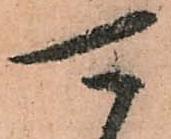
可